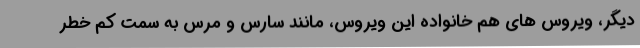
دیگر، ویروس های هم خانواده این ویروس، مانند سارس و مرس به سمت کم خطر